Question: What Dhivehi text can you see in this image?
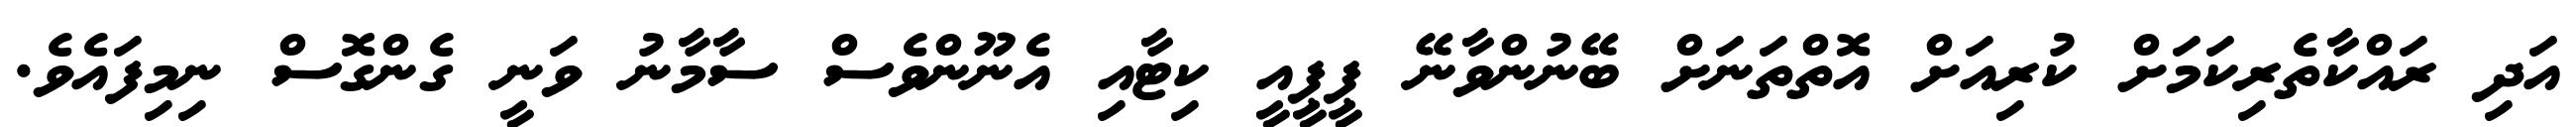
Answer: އަދި ރައްކާތެރިކަމަށް ކުރިއަށް އޮތްތަނަށް ބޭނުންވާނޭ ޕީޕީއީ ކިޓާއި އެނޫންވެސް ސާމާނު ވަނީ ގެންގޮސް ނިމިފައެވެ.